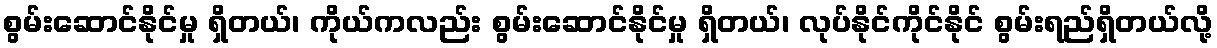
စွမ်းဆောင်နိုင်မှု ရှိတယ်၊ ကိုယ်ကလည်း စွမ်းဆောင်နိုင်မှု ရှိတယ်၊ လုပ်နိုင်ကိုင်နိုင် စွမ်းရည်ရှိတယ်လို့